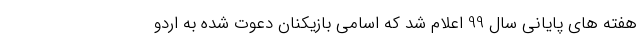
هفته های پایانی سال 99 اعلام شد که اسامی بازیکنان دعوت شده به اردو